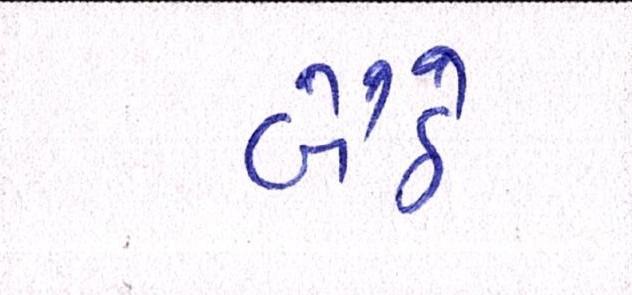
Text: બૈઠે